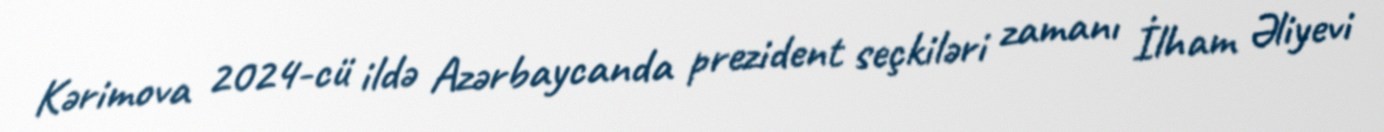
Kərimova 2024-cü ildə Azərbaycanda prezident seçkiləri zamanı İlham Əliyevi